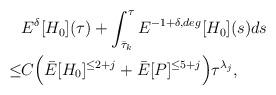
LaTeX: \begin{align*}&E^{\delta}[H_0](\tau)+\int_{\bar{\tau}_k}^\tau E^{-1+\delta,deg}[H_0](s)ds \\\leq &C\Big( \bar{E}[H_0]^{\leq 2+j}+\bar{E}[P]^{\leq 5+j} \Big)\tau^{\lambda_j},\end{align*}